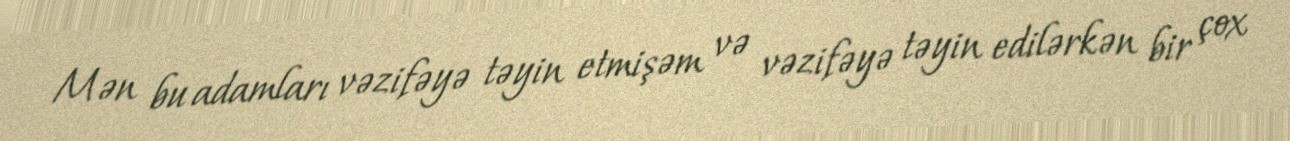
Mən bu adamları vəzifəyə təyin etmişəm və vəzifəyə təyin edilərkən bir çox